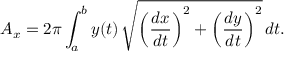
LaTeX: A _ { x } = 2 \pi \int _ { a } ^ { b } y ( t ) \, { \sqrt { \left( { \frac { d x } { d t } } \right) ^ { 2 } + \left( { \frac { d y } { d t } } \right) ^ { 2 } } } \, d t .